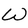
Character: W